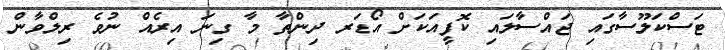
ޓަސްކަލޫސާގައި ޖައްސާލައި ކޮފީއަކަށް އޯޑަރ ދިންތާ މާ ގިނަ އިރެއް ނުވެ ރިލްވާން